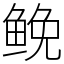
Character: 𩾃